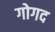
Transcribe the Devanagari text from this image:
गोगद